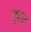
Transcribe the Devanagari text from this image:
वृद्घ